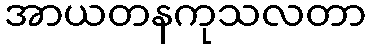
အာယတနကုသလတာ